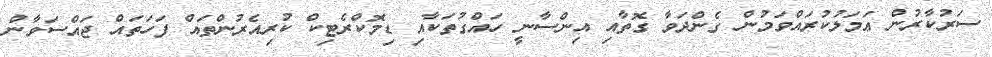
ސަރުކާރުން ޢަމަލުކުރައްވަމުން ގެންދަވާ ގޮތާއި އިންސާނީ ހައްގުތަކާއި ޑިމޮކްރެޓިކް ކުރިއެރުންތައް ފަހަތައް ޖައްސަވާން